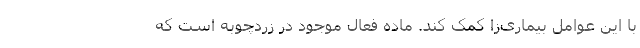
با این عوامل بیماری‌زا کمک کند. ماده فعال موجود در زردچوبه است که